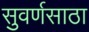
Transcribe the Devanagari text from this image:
सुवर्णसाठा